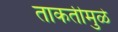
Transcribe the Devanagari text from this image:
ताकतीमुळे